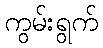
ကွမ်းရွက်